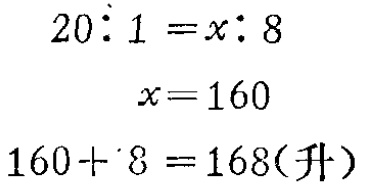
\[
\begin{align*}
20:1&=x:8\\
x& = 160\\
160 + 8&=168(\text{升})
\end{align*}
\]